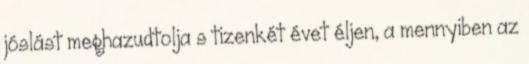
jóslást meghazudtolja s tizenkét évet éljen, a mennyiben az